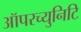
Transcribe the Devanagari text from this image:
ऑपरच्युनिटि